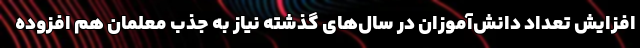
افزایش تعداد دانش‌آموزان در سال‌های گذشته نیاز به جذب معلمان هم افزوده